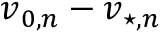
\boldsymbol { v } _ { 0 , n } - \boldsymbol { v } _ { \! \; \! \star , n }